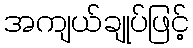
အကျယ်ချုပ်ဖြင့်